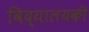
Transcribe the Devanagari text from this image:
विद्यालयकी